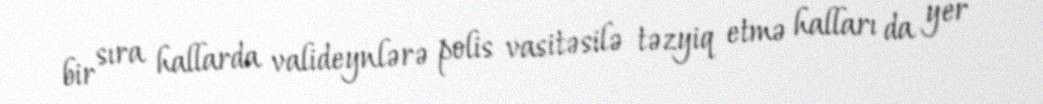
bir sıra hallarda valideynlərə polis vasitəsilə təzyiq etmə halları da yer